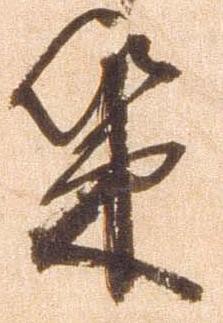
策